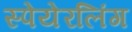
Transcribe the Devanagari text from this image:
स्पेयेरलिंग